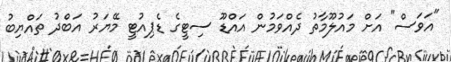
"އަވަސް" އަށް މައުލޫމާތު ދެއްވަމުން އައްޑޫ ސިޓީގެ ޑެޕިއުޓީ މޭޔަރު އަބްދު ތައްޔިބު